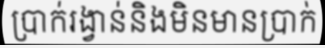
ប្រាក់រង្វាន់និងមិនមានប្រាក់